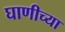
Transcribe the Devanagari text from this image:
घाणीच्या